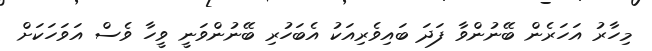
މިހާރު އަހަރެން ބޭނުންވާ ފަދަ ބައިވެރިއަކު އެބަހުރި ބޭނުންވަނީ ވީހާ ވެސް އަވަހަކަށް